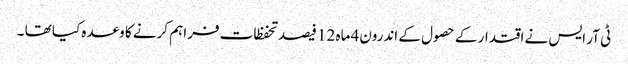
ٹی آر ایس نے اقتدار کے حصول کے اندرون4 ماہ 12 فیصد تحفظات فراہم کرنے کا وعدہ کیا تھا ۔